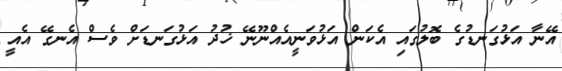
އޭނާ އަޅުގަނޑުގެ ބޮލުގައި އެކަން އަޅުވަނީއެއްނޫނޭ ޚުދު އަޅުގަނޑަށް ވެސް އެނގޭ އެއީ